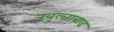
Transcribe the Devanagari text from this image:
खुल्ताबाद